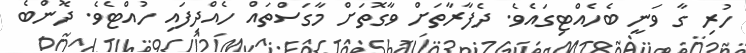
ހުރި ގާ ވަނީ ބެހެއްޓިގައެވެ. ދެފާރާތަށް ވާގޮތަށް މާގަސްތައް ހެއްދިފައި ހުއްޓެވެ. ދޮންބެ